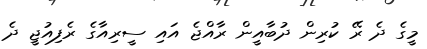
މީގެ ދެ ރޭ ކުރިން ދުބާއީން ރާއްޖެ އައި ސީރިއާގެ ރެފިއުޖީ ދެ